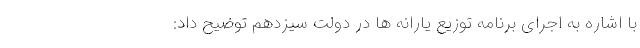
با اشاره به اجرای برنامه توزیع یارانه ها در دولت سیزدهم توضیح داد: